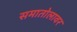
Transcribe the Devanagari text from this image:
समातोलावर